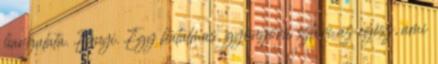
hangulata. Ennyi. Egy hatalmas, gyönyörű sztori az egész, ami